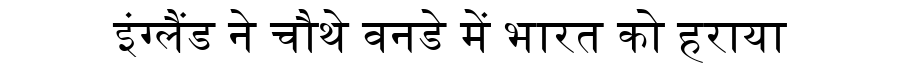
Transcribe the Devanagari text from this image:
इंग्लैंड ने चौथे वनडे में भारत को हराया